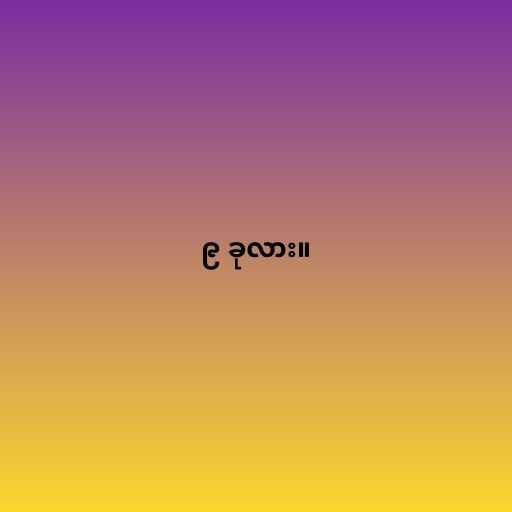
၉ ခုလား။